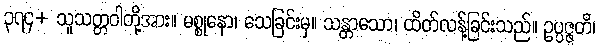
၃၇၄+ သူသတ္တဝါတို့အား။ မစ္စုနော၊ သေခြင်းမှ။ သန္တာသော၊ ထိတ်လန့်ခြင်းသည်။ ဥပ္ပဇ္ဇတိ၊